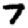
Digit: 7